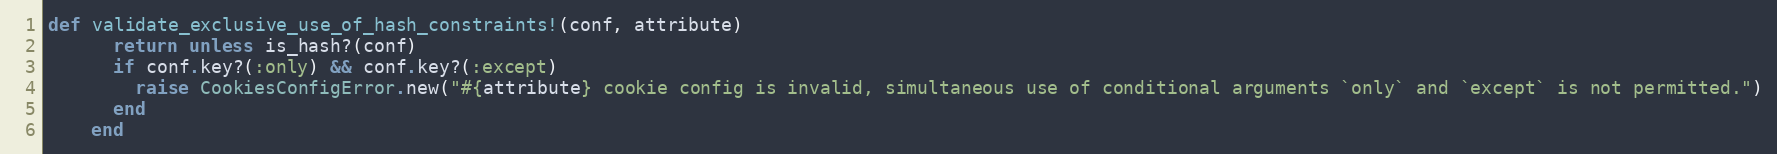
Language: Ruby
def validate_exclusive_use_of_hash_constraints!(conf, attribute)
      return unless is_hash?(conf)
      if conf.key?(:only) && conf.key?(:except)
        raise CookiesConfigError.new("#{attribute} cookie config is invalid, simultaneous use of conditional arguments `only` and `except` is not permitted.")
      end
    end